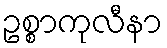
ဥစ္စာကုလီနာ